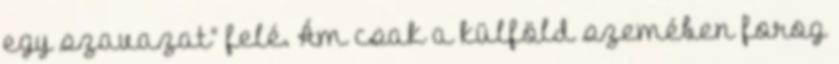
egy szavazat“ felé. Ám csak a külföld szemében forog